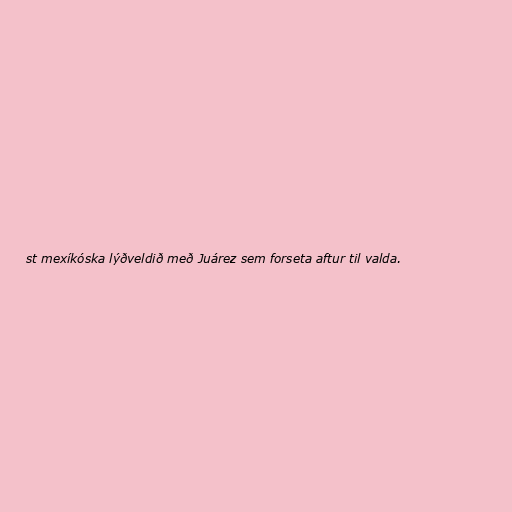
st mexíkóska lýðveldið með Juárez sem forseta aftur til valda.